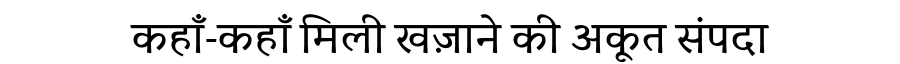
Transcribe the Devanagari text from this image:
कहाँ-कहाँ मिली खज़ाने की अकूत संपदा